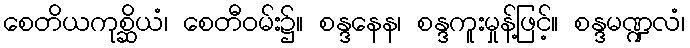
စေတိယကုစ္ဆိယံ၊ စေတီဝမ်း၌။ စန္ဒနေန၊ စန္ဒကူးမှုန့်ဖြင့်။ စန္ဒမဏ္ဍလံ၊